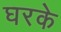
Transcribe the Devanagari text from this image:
घरके